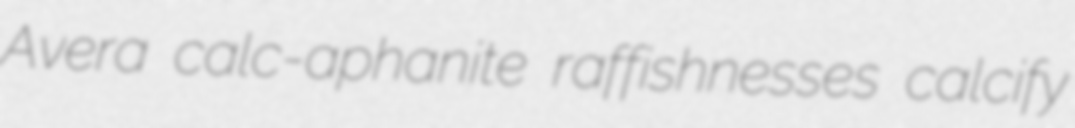
Avera calc-aphanite raffishnesses calcify